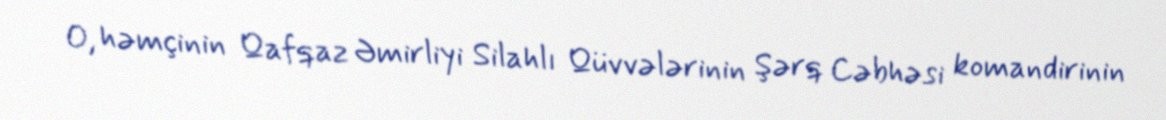
O, həmçinin Qafqaz Əmirliyi Silahlı Qüvvələrinin Şərq Cəbhəsi komandirinin